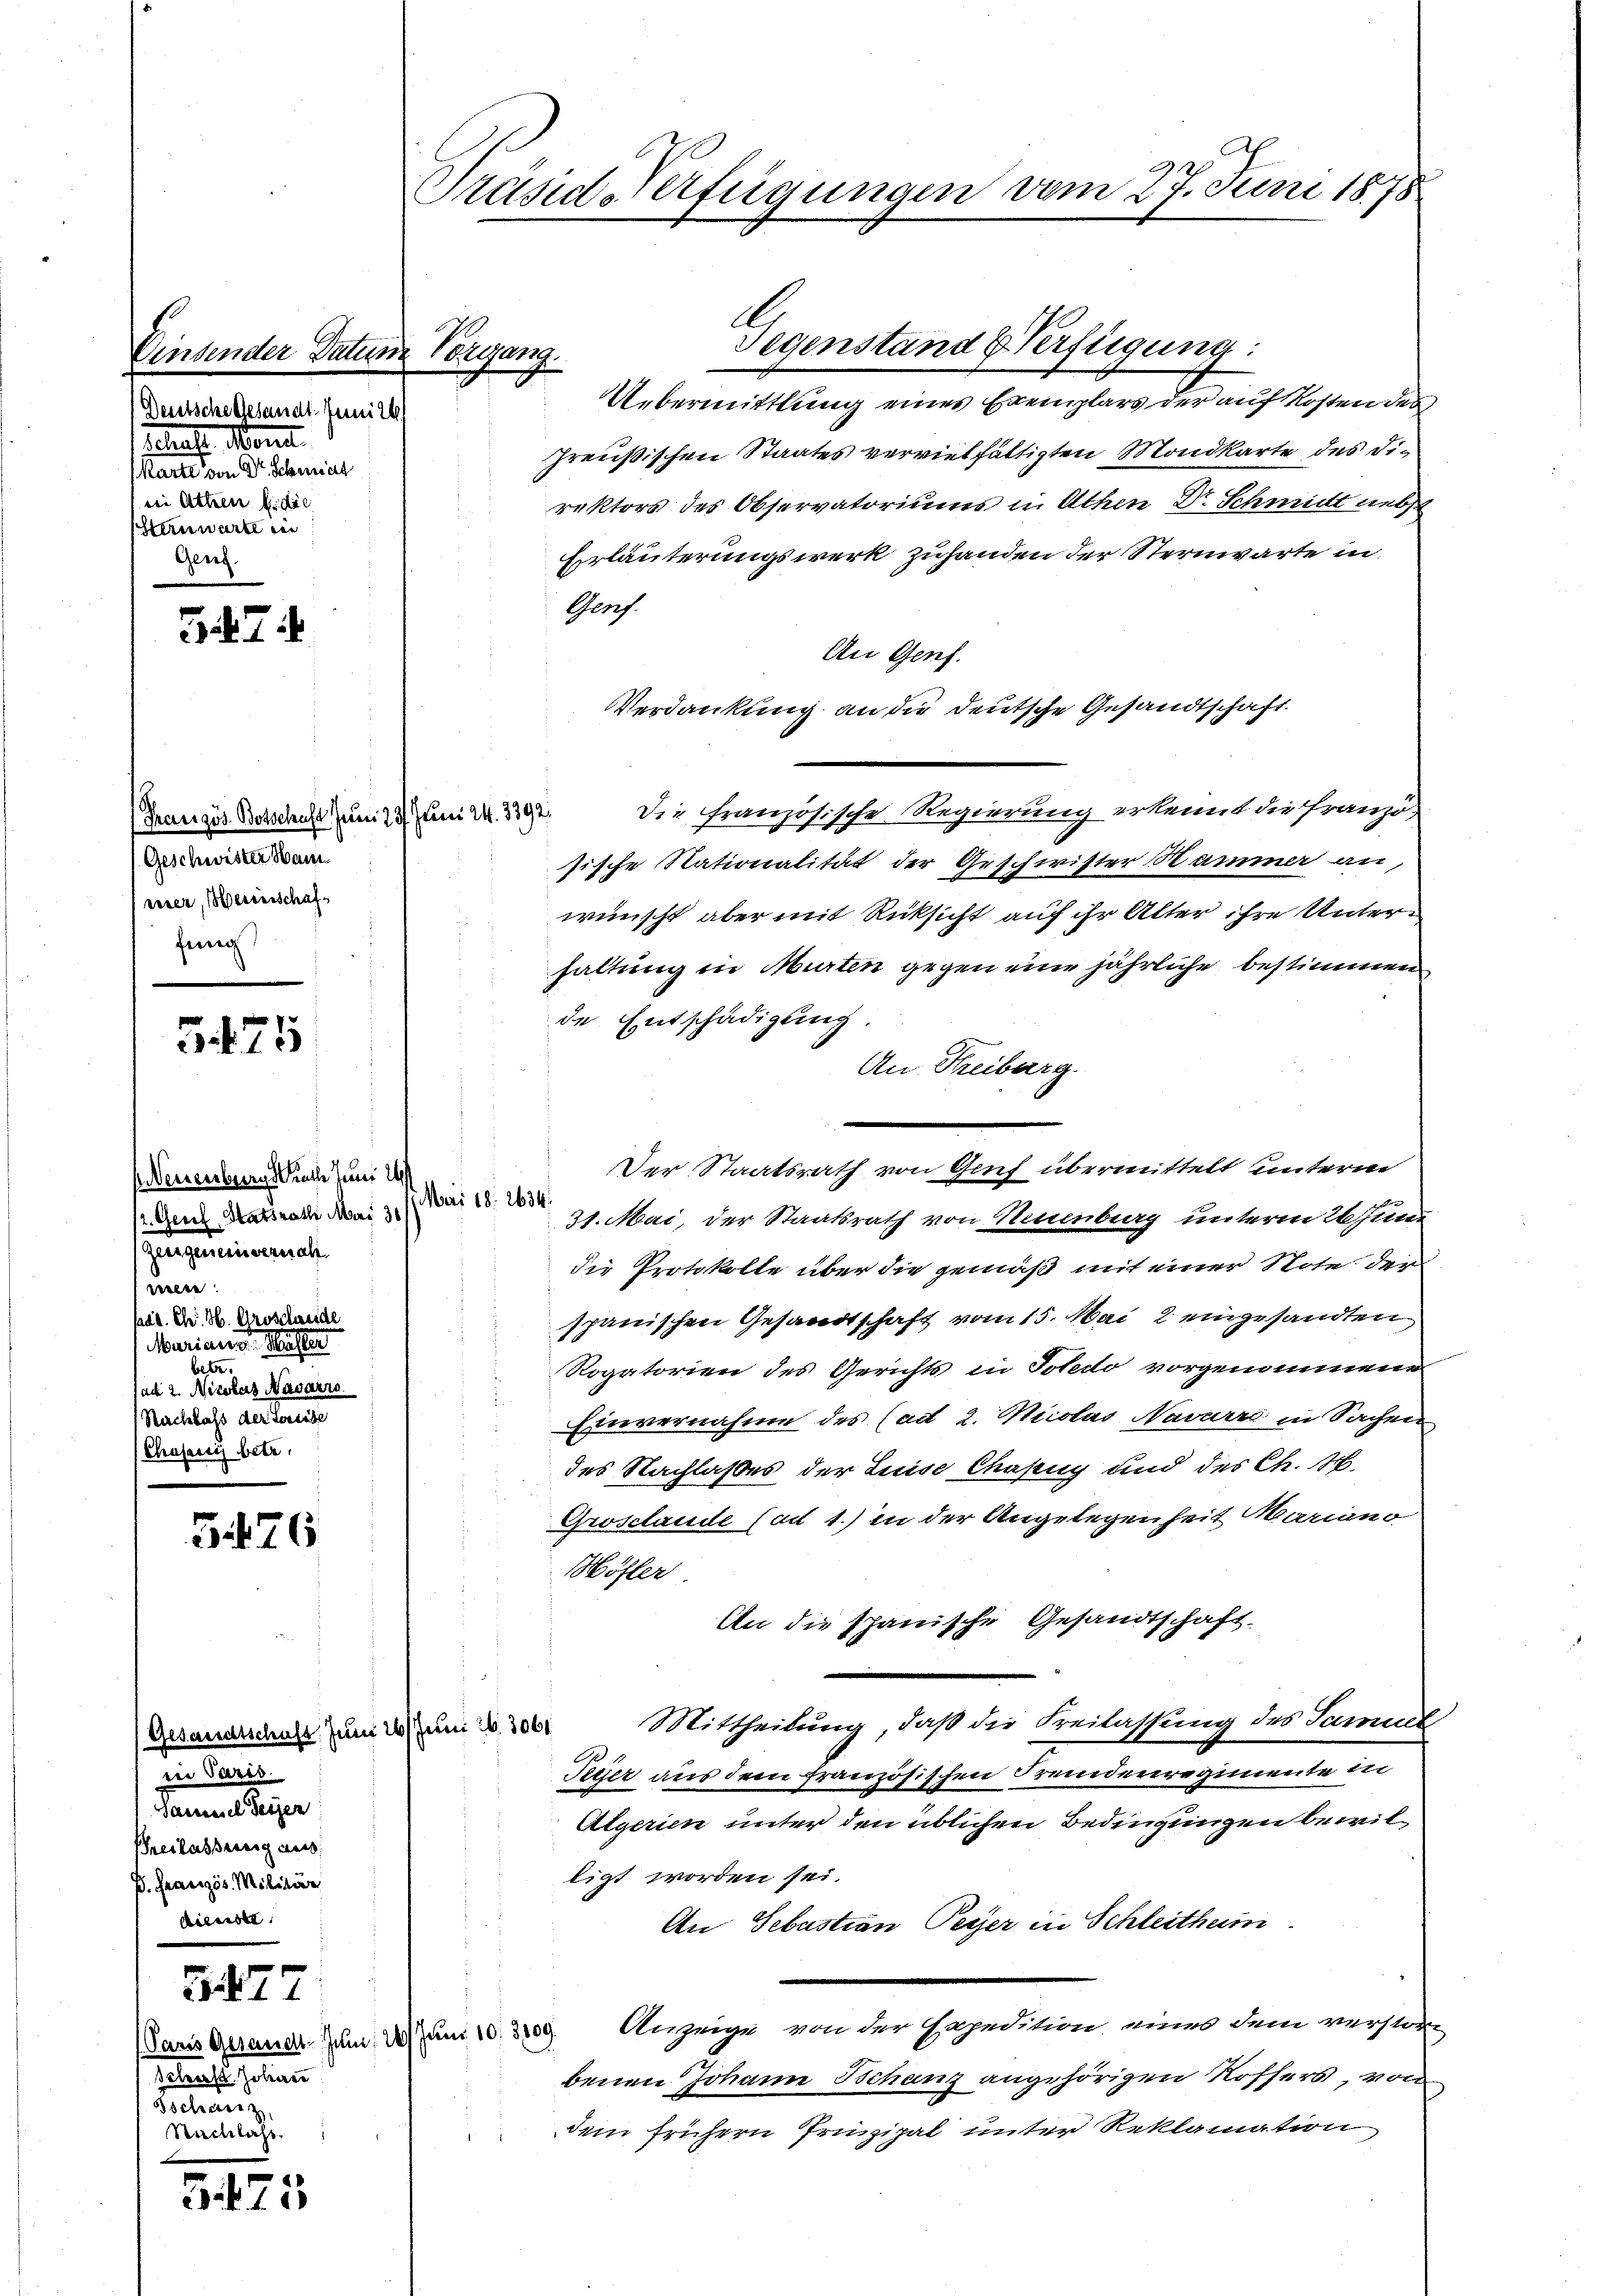
Einsender Datum Vorgang.
Deutsche Gesandt. Juni 1
schaft. Morit
sae eine einen mit
 bei Atten u. die
SSternwarte in
Gend

57

Französ. Botschaft zum 23. Juni 24. 3392.
Geschwister Ham
eirer, Bereinschaffung

3475

Verzenburgstrath Juni 1
2. Grief, Staatsrath Mai 31
gungeniemali
wielen
pat. Chr. H. Groscheide
Mariannes Waster
betr.
sad 2. Nicolas Navarro
(Nachbass der Forste
Chensactis bete,

5476

Gesandtschaft. Juni 1
eie Paris
Samaniel Seizer
Freilassertig auss
D. Französ. Militär
dienste

77

Paris Gesandt Juni:
Schaft Johan
Tschanz,
Mnenlahr

5475

Träsiderfügungen vom 27. Juni 1875

Übermittlung eines Exemplars der auf Kosten des
Preußischen Staates vervielfältigten Mondkarte des Direktors des Observatoriums in Athen Dr Schmitt nebst
Erläuterungswerk zuhanden der Sternwarte in
Genf.
An Genf.
Verdankung an die deutsche Gesandtschaft.
Die Französische Regierung erkennt die Französische Nationalität der Geschwister Hammer an,
wünscht aber mit Rücksicht auf ihr Alter ihre Unterhaltung in Murten gegen eine jährliche bestimmen
de Entschädigung.
An Freiburg.
—
31. Mai, der Staatsrath von Neuenburg unterm 26 Juni
die Protokolle über die gemäß mit einer Note der
spanischen Gesandtschaft vom 15. Mai 2 eingesandten
Rogatorien des Gerichts in Totedo vorgenommene
Einvernahme des (ad 2. Micolas Navarre in Sachen
des Nachlasses der Luise Chaseng und des C. H.
Grosclande (ad 1.) in der Angelegenheit Mariano
Höfler
An die Spanische Gesandtschaft.
Mittheilung, daß die Freilassung des Samuel
6 Juni 16. 3061
2
Tieser aus dem französischen Fremdenregimente in
Algerien unter den üblichen Bedingungen bewilligt worden sei.
An Sebastian Peyer in Schleithum
m 29 Anzeige von der Expedition eines dem verstor
benen Johann Schanz angehörigen Rossers, von
dem frühern Prinzipal unter Reklamation

.Mai 18. 2634.

Gegenstand & Verfügung:

Der Staatsrath von Genf übermittelt unterm